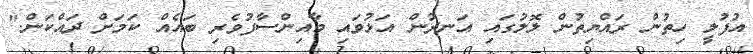
އުފުލީ ހިތުން ރައްޔިތުން ލޮލުގައި އަނދުން އަޅުވައި މާއިންސާފުވެރި ބައެއް ކަމަށް ދައްކަން."